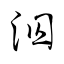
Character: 泅